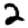
Digit: 2